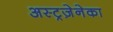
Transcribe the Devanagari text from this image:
अस्ट्रज़ेनेका